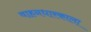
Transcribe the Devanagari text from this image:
वाहनधारकाला